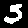
Digit: 5